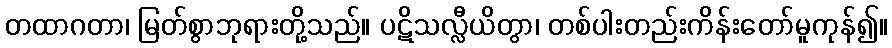
တထာဂတာ၊ မြတ်စွာဘုရားတို့သည်။ ပဋိသလ္လီယိတွာ၊ တစ်ပါးတည်းကိန်းတော်မူကုန်၍။